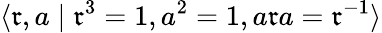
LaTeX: \langle\mathfrak{r},a\mid\mathfrak{r}^{3}=1,a^{2}=1,a\mathfrak{r}a=\mathfrak{r}^{-1}\rangle